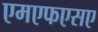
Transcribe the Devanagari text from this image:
एमएफएसए